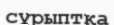
сұрыптқа